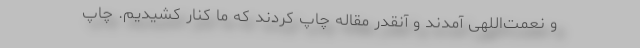
و نعمت‌اللهی آمدند و آنقدر مقاله چاپ کردند که ما کنار کشیدیم. چاپ